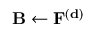
\mathbf { B } \gets \mathbf { \mathbf { F ^ { ( d ) } } }